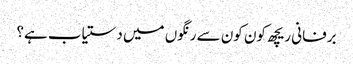
برفانی ریچھ کون کون سے رنگوں میں دستیاب ہے؟